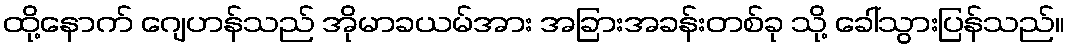
ထို့နောက် ဂျေဟန်သည် အိုမာခယမ်အား အခြားအခန်းတစ်ခု သို့ ခေါ်သွားပြန်သည်။